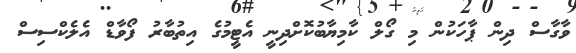
ވާގާސް ދިން ޕާހަކުން މި ގޯލް ކާމިޔާބުކޮށްދިނީ އެޓީމުގެ އިތުބާރު ފޯވާޑް އެލެކްސިސް